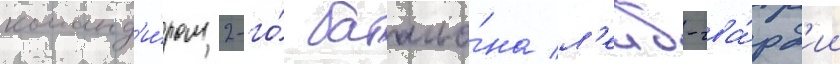
команд'и́ром 2-го́ батальо́на л'еиб-гва́рд'ии